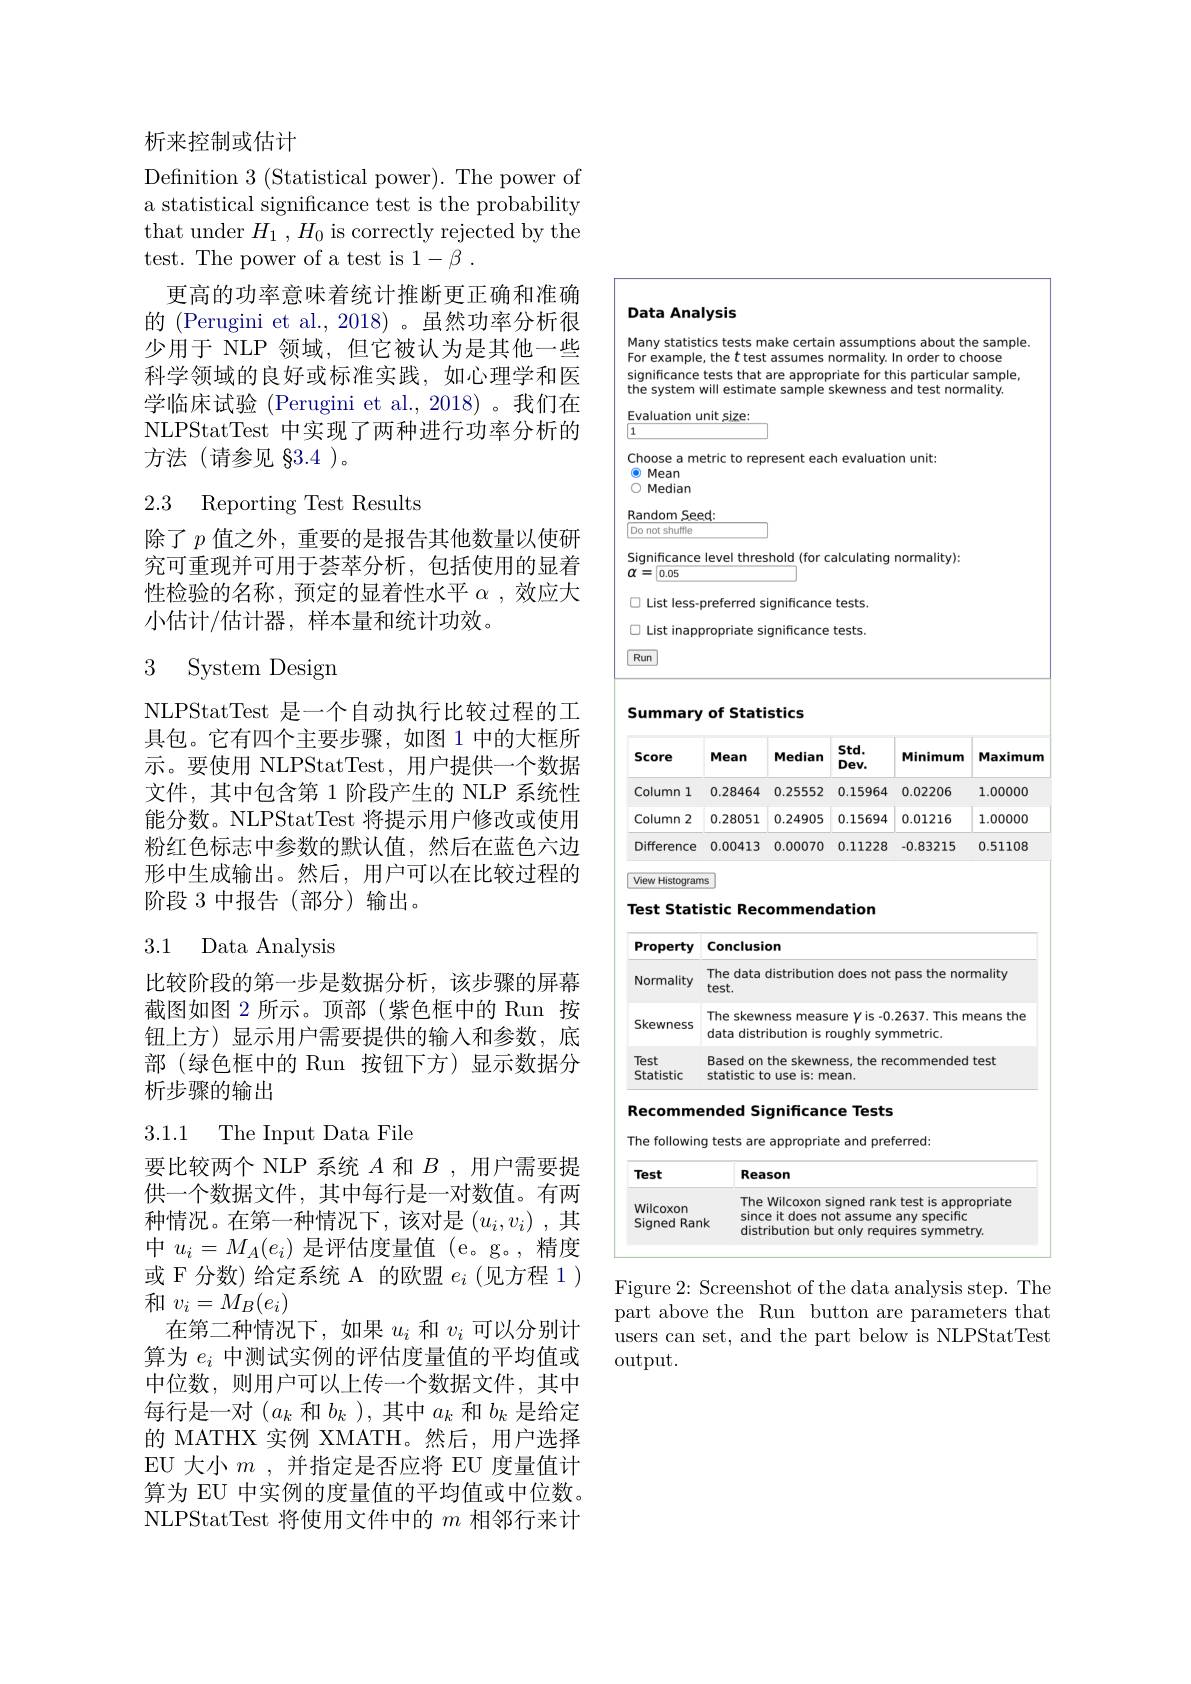
析来控制或估计

Definition 3 (Statistical power). The power of a statistical significance test is the probability that under $H_1,H_0$ is correctly rejected by the test. The power of a test is 1-β .
更高的功率意味着统计推断更正确和准确的 (Perugini et al., 2018)。虽然功率分析很少用于 NLP 领域，但它被认为是其他一些科学领域的良好或标准实践，如心理学和医学临床试验 (Perugini et al., 2018) 。我们在NLPStatTest 中实现了两种进行功率分析的方法(请参见 §3.4 )。

# 2.3 Reporting Test Results

除了$p$值之外，重要的是报告其他数量以使研究可重现并可用于荟萃分析，包括使用的显着性检验的名称，预定的显着性水平$\alpha$,效应大小估计/估计器，样本量和统计功效。

## 3 System Design

NLPStatTest 是一个自动执行比较过程的工具包。它有四个主要步骤，如图 1 中的大框所示。要使用 NLPStatTest, 用户提供一个数据文件，其中包含第 1 阶段产生的 NLP 系统性能分数。NLPStatTest 将提示用户修改或使用粉红色标志中参数的默认值，然后在蓝色六边形中生成输出。然后，用户可以在比较过程的阶段 3 中报告(部分)输出。

## 3.1 Data Analysis

比较阶段的第一步是数据分析，该步骤的屏幕截图如图 2 所示。顶部(紫色框中的 Run 按钮上方)显示用户需要提供的输入和参数，底部 (绿色框中的 Run 按钮下方)显示数据分析步骤的输出

# 3.1.1 The Input Data File

要比较两个 NLP 系统$A$和$B$ ,用户需要提供一个数据文件，其中每行是一对数值。有两种情况。在第一种情况下，该对是$\left(u_i,v_i\right)$,其中$u_i=M_A(e_i)$是评估度量值 (e。g。,精度或 F 分数) 给定系统 A 的欧盟$e_i$ (见方程 1 ) 和$v_i=M_B(e_i)$
在第二种情况下，如果$u_i$和$v_i$可以分别计算为$e_i$中测试实例的评估度量值的平均值或中位数，则用户可以上传一个数据文件，其中每行是一对$(a_k$和$b_k$ ),其中$a_k$和$b_k$是给定的 MATHX 实例 XMATH。然后，用户选择EU 大小$m$ ,并指定是否应将 EU 度量值计算为 EU 中实例的度量值的平均值或中位数。NLPStatTest 将使用文件中的$m$相邻行来计

### Data Analysis

Many statistics tests make certain assumptions about the sample

For example, the $t$ test assumes normality. In order to choose

significance tests that are appropriate for this particular sample,

the system will estimate sample skewness and test normality

Evaluation unit size:

Choose a metric to represent each evaluation unit:

$\textcircled{\bullet}$ Mean

0 Median

Random Seed

Do not shuffle

Significance level threshold (for calculating normality):

$\alpha=\boxed{0.05}$

O List less-preferred significance tests.

口 List inappropriate significance tests

$\boxed{\text{Run}}$

Summary of Statistics

<table>
	<tbody>
		<tr>
			<th>Score</th>
			<th>Mean</th>
			<th>Median</th>
			<th>$Std.$ $Dev.$</th>
			<th>Minimum</th>
			<th>Maximum</th>
		</tr>
		<tr>
			<td>Column 1</td>
			<td>0.28464</td>
			<td>0.25552</td>
			<td>0.15964</td>
			<td>0.02206</td>
			<td>1.00000</td>
		</tr>
		<tr>
			<td>Column 2 </td>
			<td>0.28051</td>
			<td>0.24905</td>
			<td>0.15694</td>
			<td>0.01216</td>
			<td>1.00000</td>
		</tr>
		<tr>
			<td>Difference</td>
			<td>0.00413</td>
			<td>0.00070</td>
			<td>0.11228</td>
			<td>-0.83215</td>
			<td>0.51108</td>
		</tr>
	</tbody>
</table>

Test Statistic Recommendation

<table>
	<tbody>
		<tr>
			<th>Property</th>
			<th>Conclusion</th>
		</tr>
		<tr>
			<td>Normality</td>
			<td>The data distribution does not pass the normality test.</td>
		</tr>
		<tr>
			<td>Skewness</td>
			<td>The skewness measure $\gamma$ is -0.2637. This means the data distribution is roughly symmetric.</td>
		</tr>
		<tr>
			<td>Test Statistic</td>
			<td>Based on the skewness, the recommended test statistic to use is: mean.</td>
		</tr>
	</tbody>
</table>

Recommended Significance Tests

<table>
	<tbody>
		<tr>
			<th>Test</th>
			<th>Reason</th>
		</tr>
		<tr>
			<td>Wilcoxon Signed Rank</td>
			<td>The Wilcoxon signed rank test is appropriate since it does not assume any specific distribution but only requires symmetry.</td>
		</tr>
	</tbody>
</table>

Figure 2: Screenshot of the data analysis step. The part above the Run button are parameters that users can set, and the part below is NLPStatTest $\operatorname{output}.$